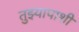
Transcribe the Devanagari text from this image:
तुझ्यापाशी